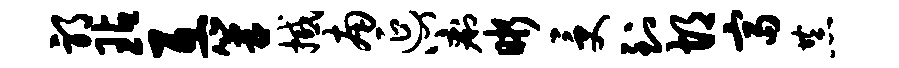
邪玷互篝撼南延心痢晰受到胡富恭